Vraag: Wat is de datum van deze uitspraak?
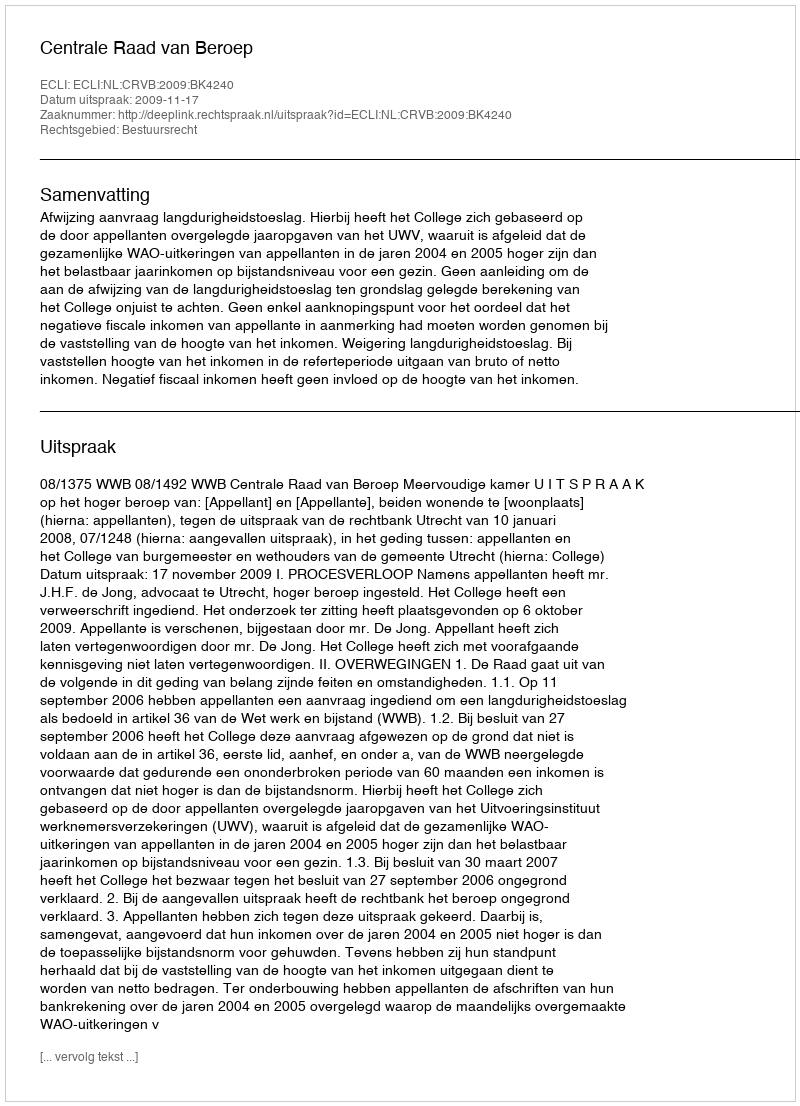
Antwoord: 2009-11-17